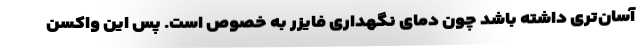
آسان‌تری داشته باشد چون دمای نگهداری فایزر به خصوص است. پس این واکسن